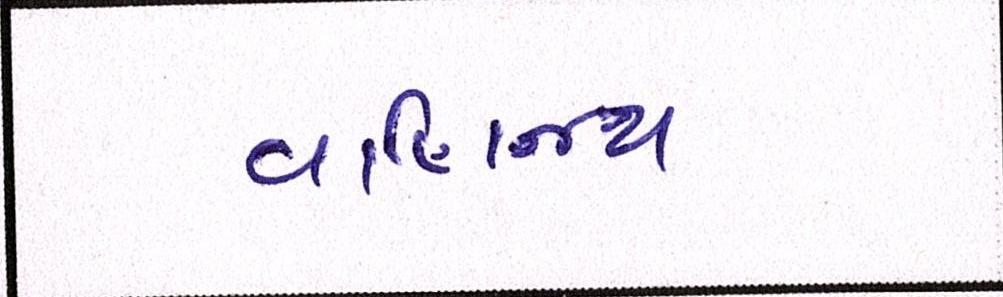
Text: વાણિજ્ય